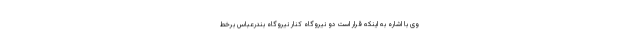
وی با اشاره به اینکه قرار است دو نیروگاه کنار نیروگاه بندرعباس برخط